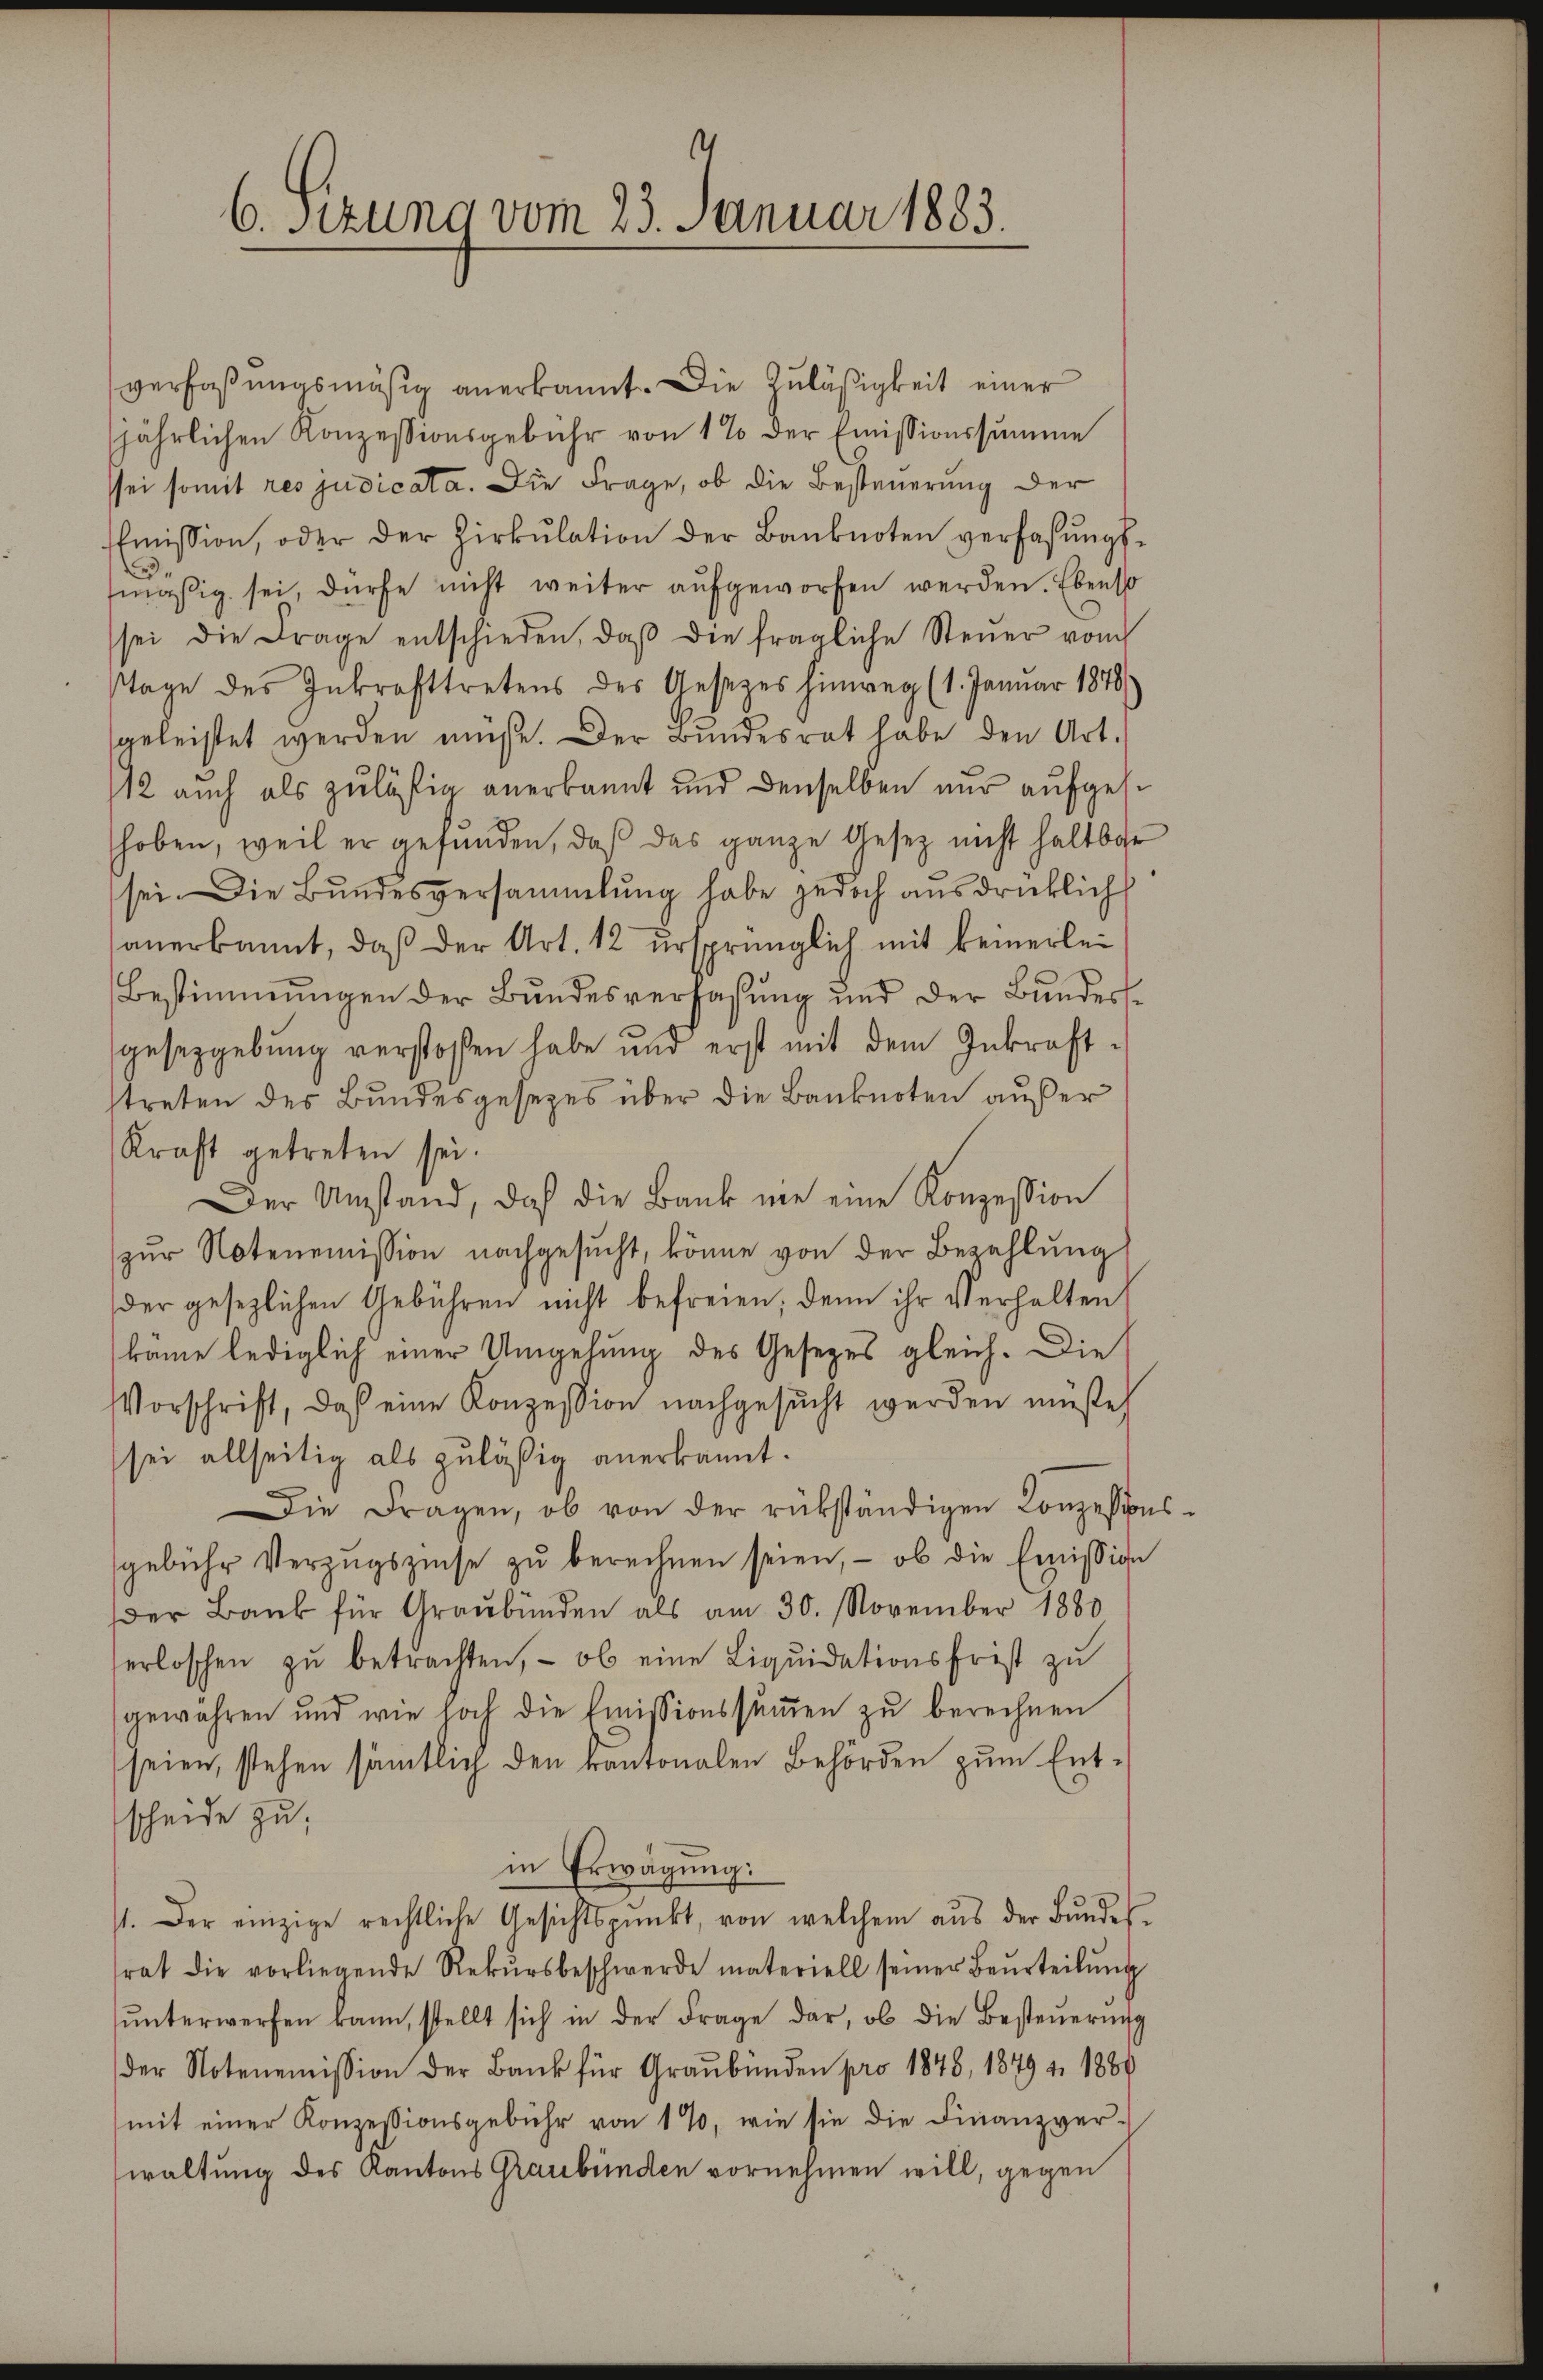
6. Sizung vom 23. Januar 1883.

verfaßungsmäsig anerkannt. Die Zuläßigkeit einer
jährlichen Konzessionsgebühr von 1% der Emissionssumme
sei somit res judicata. Die Frage, ob die Besteuerung der
Emission, oder der Zirkŭlation der Banknoten verfassŭngs-
mäßig sei, dürfe nicht weiter aufgeworfen werden. Ebenso
sei die Frage entschieden, daβ die fragliche Steuer vom
Tage des Inkrafttretens des Gesezes hinweg (1. Januar 1878
geleistet werden müße. Der Bundesrat habe den Art.
12 auch als zuläßig anerkannt und denselben nur aufgeshoben, weil er gefunden, daβ das ganze Gesetz nicht haltbar
sei. Die Bundesversammlung habe jedoch ausdrücklich
anerkannt, daß der Art. 12 ursprünglich mit keinerlei
Bestimmungen der Bundesverfassung und der Bundesgesetzgebung verstoßen habe und erst mit dem Inkraftstreten des Bundesgesezes über die Banknoten außer
Kraft getreten sei.
Der Umstand, daß die Bank nie eine Konzession
zŭr Notenemission nachgesŭcht, könne von der Bezahlung
der gesezlichen Gebühren nicht befreien; denn ihr Verhalten
käme lediglich einer Umgehung des Gesezes gleich. Die
Vorschrift, daß eine Konzession nachgesucht werden müßte,
sei allseitig als zuläßig anerkannt.
Die Fragen, ob von der rükständigen Konzessions-
gebühr Verzugszinse zŭ berechnen seien, - ob die Emission
der Bank für Graubünden als am 30. November 1880
erloschen zŭ betrachten, - ob eine Liqŭidationsfrist zu
gewahren und wie hoch die Emissionssŭṁen zŭ berechnen
seien, stehen sämtlich den kantonalen Behörden zum Entscheide zu;
in Erwägung:
1. Der einzige rechtliche Gesichtspunkt, von welchem aŭs der Bŭndes-
rat die vorliegende Rekŭrsbeschwerde materiell seiner Beurteilŭng
ŭnterwerfen kann, stellt sich in der Frage dar, ob die Besteŭerŭng
der Notenemission der Bank für Graubünden pro 1848, 1879 v. 1880
(mit einer Konzessionsgebühr von 1%, wie sie die Finanzver-
waltung des Kantons Graubünden vornehmen will, gegen